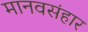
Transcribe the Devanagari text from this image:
मानवसंहार